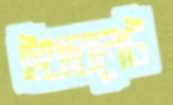
ইথারনেট